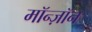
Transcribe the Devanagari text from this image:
मॉन्ज़ॉन